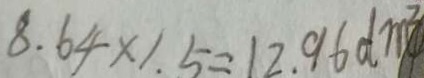
8 . 6 4 \times 1 . 5 = 1 2 . 9 6 d m ^ { 3 }